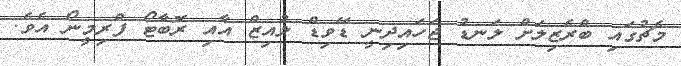
މެޗުގައި ބްރެޒިލަށް ލަނޑު ޖަހައިދިނީ ޑޭވިޑް ލުއިޒް އާއި ރޮބާޓޯ ފްރިމީނޯ އެވެ.